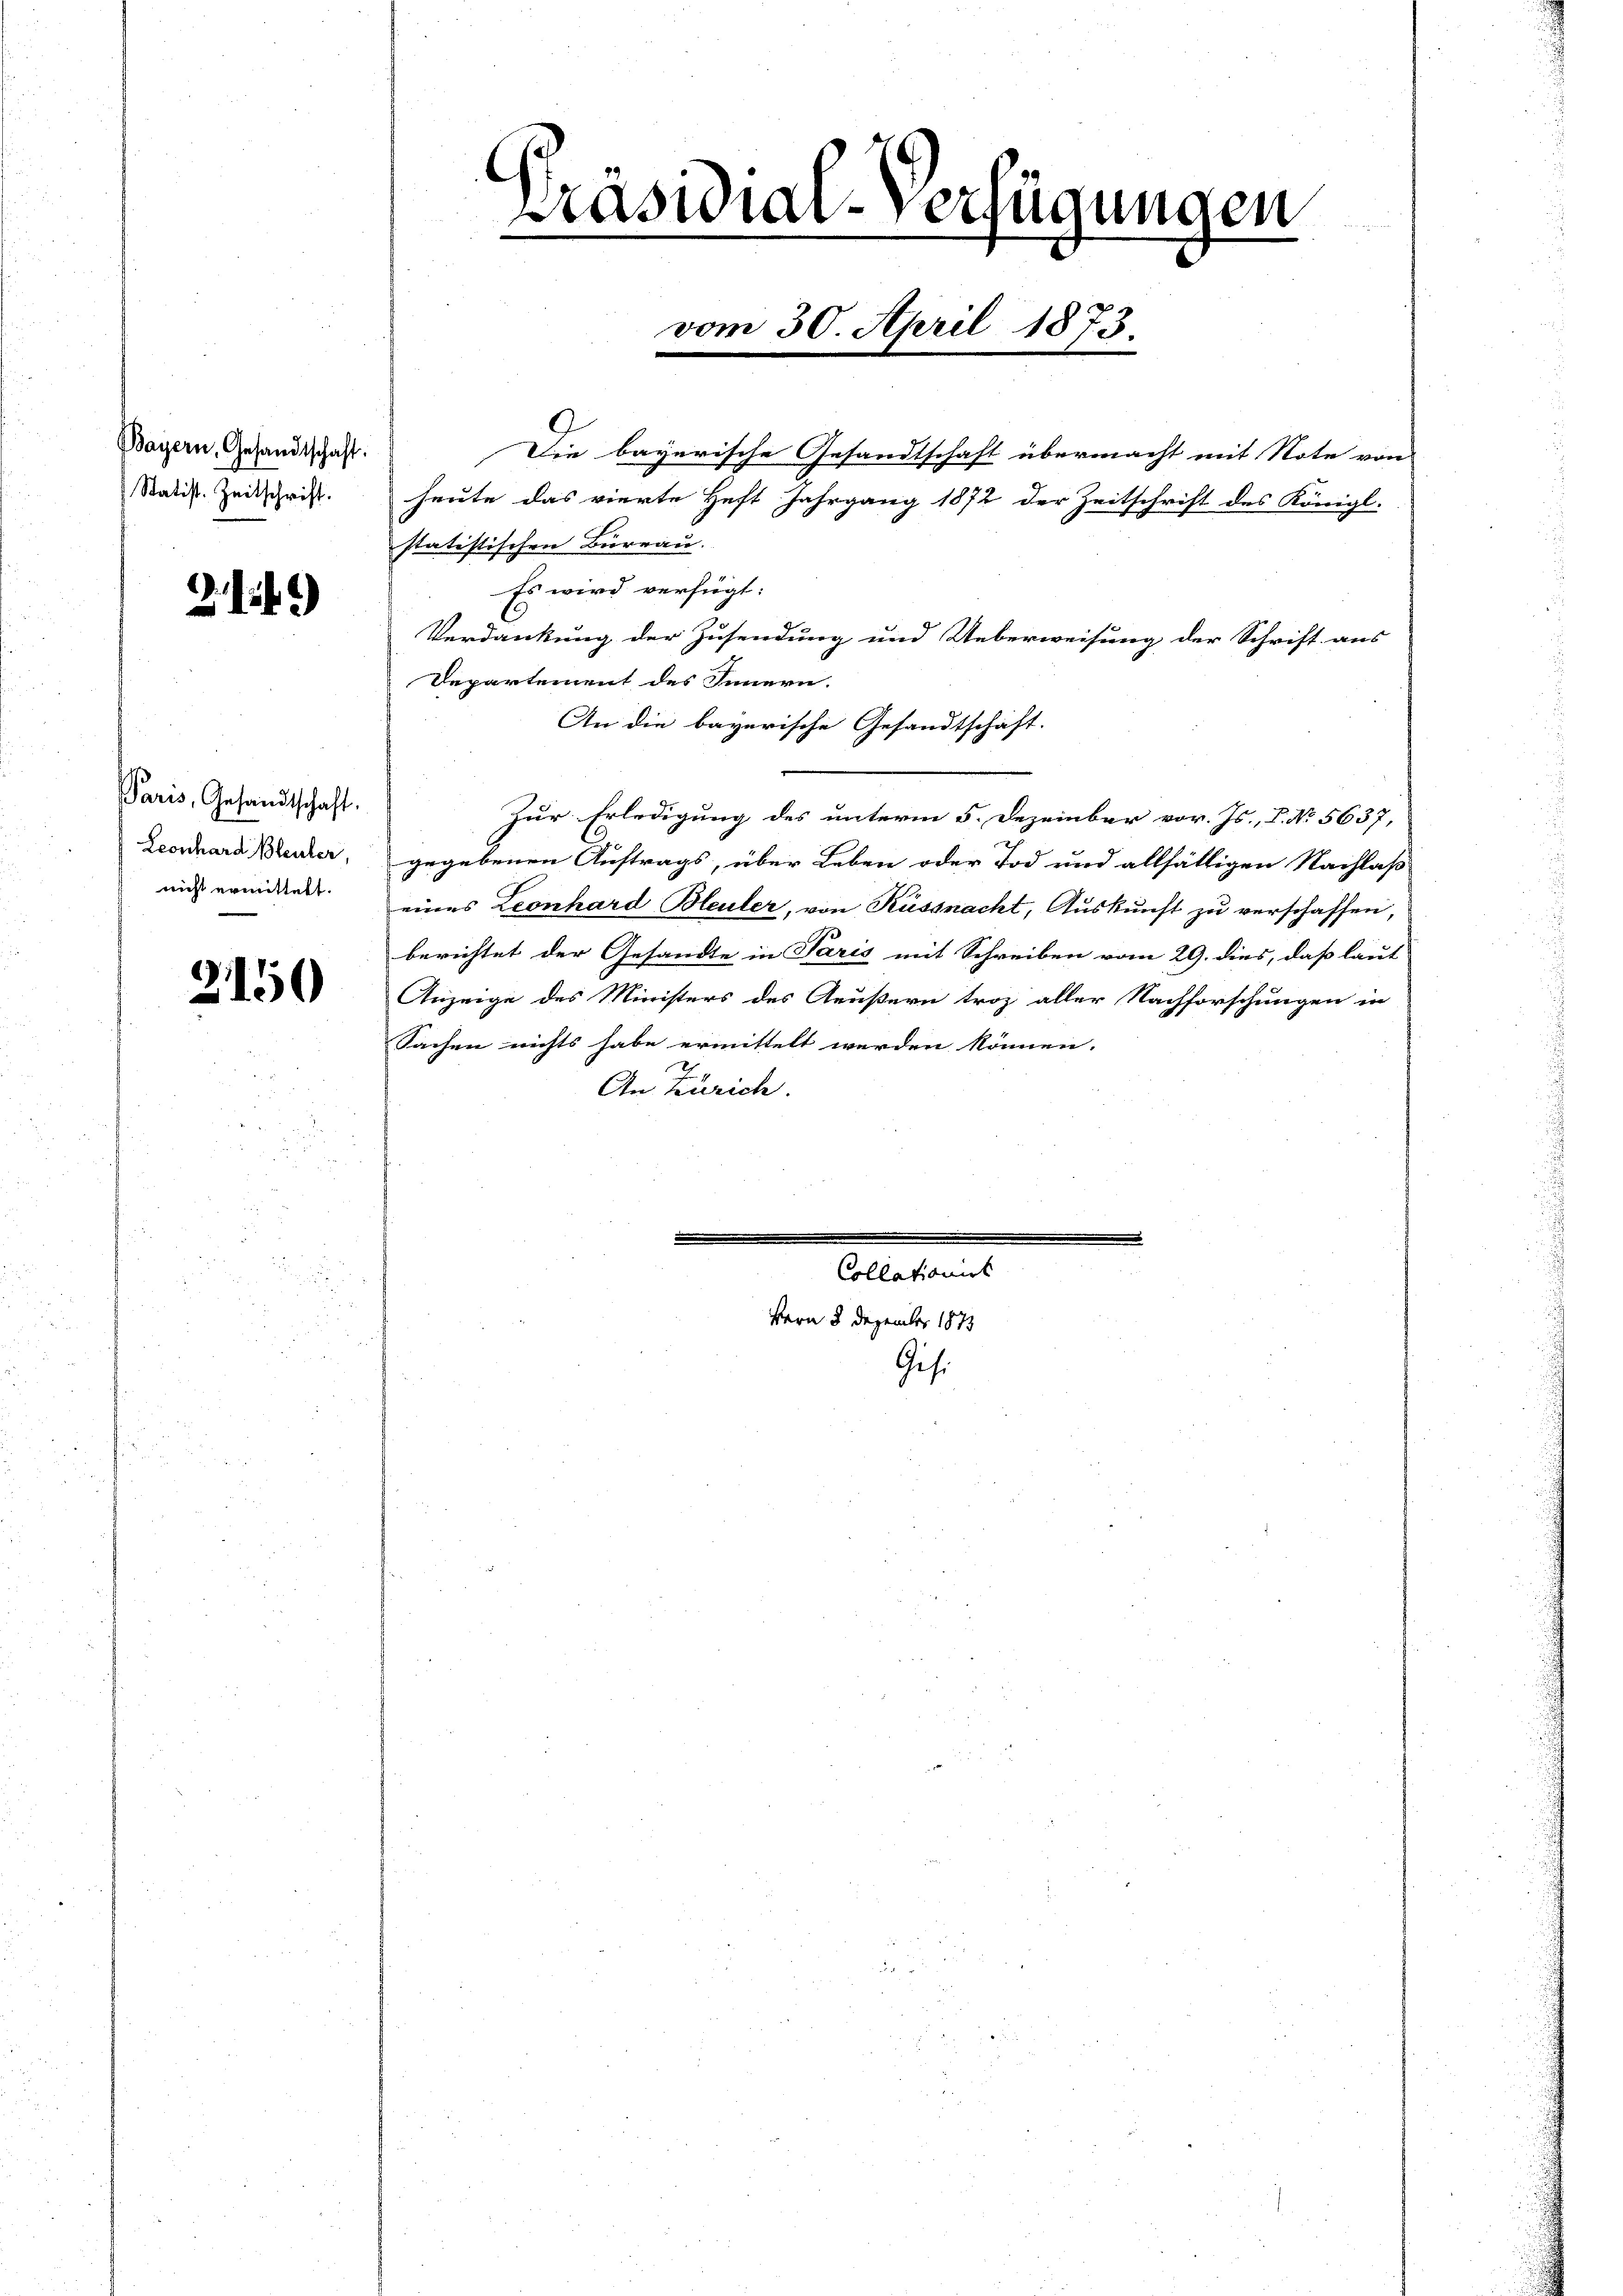
Bayern, Gesandtschaft.
Statist. Zeitschrift.

2149)

Paris, Gesandtschaft.
Leonhard Bleuler,
nicht ermittelt.

2150

Präsidial-Verhin

Die bayerische Gesandtschaft übermacht mit Note von
heute das vierte Heft Jahrgang 1872 der Zeitschrift des Königl.
statistischen Bureau.
Es wird verfügt:
Verdankung der Zusendung und Ueberweisung der Schrift aus
Departement des Innern.
An die bayerische Gesandtschaft.
Zur Erledigung des unterm 5. Dezember vor. Js., P. No. 5637,
gegebenen Auftrags, über Leben oder Tod und allfältigen Nachlaß
eines Leonhard Bleuler, von Küssnacht, Auskunft zu verschaffen,
berichtet der Gesandte in Paris mit Schreiben vom 29. dies, daß laut
Anzeige des Ministers des Aeußern troz aller Nachforschungen in
Sachen nichts habe ermittelt werden können.
An Zürich.

Bern 8 Dezember 1873
Gisi

vom 30. April 1873.

zun

Eliten

1